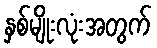
နှစ်မျိုးလုံးအတွက်